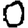
Digit: 0